Annual statistical returns and brief notes on vaccination in Bengal - 1909-1929
Year: 1909
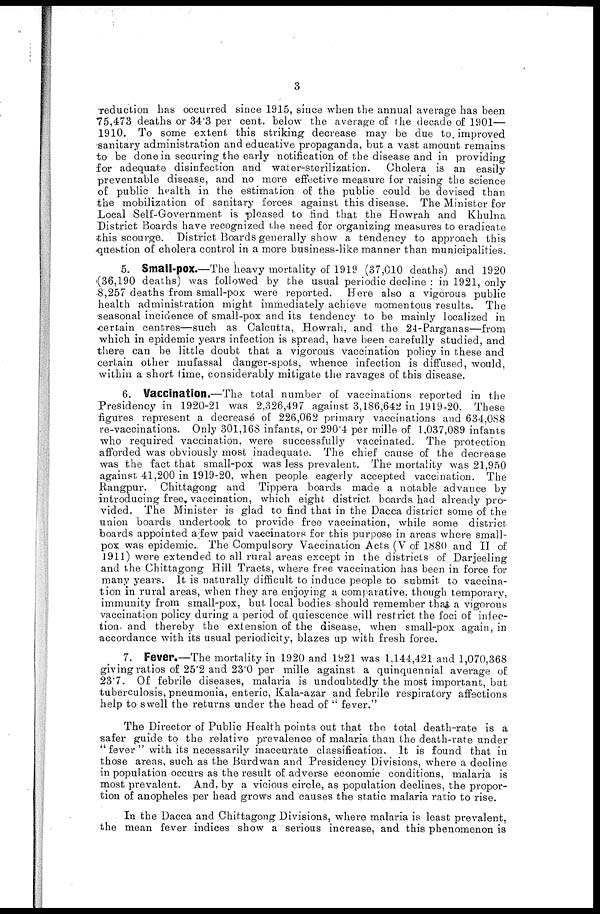
3
reduction has occurred since 1915, since when the annual average has been
75,473 deaths or 34.3 per cent. below the average of the decade of 1901—
1910. To some extent this striking decrease may be due to. improved
sanitary administration and educative propaganda, but a vast amount remains
to be done in securing the early notification of the disease and in providing
for adequate disinfection and water-sterilization.
Cholera is an easily
preventable disease, and no more effective measure for raising the science
of public health in the estimation of the public could be devised than
the mobilization of sanitary forces against this disease. The Minister for
Local Self-Government is pleased to find that the Howrah and Khulna
District Boards have recognized the need for organizing measures to eradicate
this scourge. District Boards generally show a tendency to approach this
question of cholera control in a more business-like manner than municipalities.
5. Small-pox.—The heavy mortality of 1919 (37,010 deaths) and 1920
(36,190 deaths) was followed by the usual periodic decline : in 1921, only
8,257 deaths from small-pox were reported. Here also a vigorous public
health administration might immediately achieve momentous results. The
seasonal incidence of small-pox and its tendency to be mainly localized in
certain centres—such as Calcutta, Howrah, and the 24-Parganas—from
which in epidemic years infection is spread, have been carefully studied, and
there can be little doubt that a vigorous vaccination policy in these and
certain other mufassal danger-spots, whence infection is diffused, would,
within a short lime, considerably mitigate the ravages of this disease.
6. Vaccination.—The total number of vaccinations reported in the
Presidency in 1920-21 was 2,326,497 against 3,186,642 in 1919-20. These
figures represent a decrease of 226,062 primary vaccinations and 634,088
re-vaccinations. Only 301,168 infants, or 290.4 per mille of 1,037,089 infants
who required vaccination, were successfully vaccinated. The protection
afforded was obviously most inadequate. The chief cause of the decrease
was the fact that small-pox was less prevalent. The mortality was 21,950
against 41,200 in 1919-20, when people eagerly accepted vaccination. The
Rangpur. Chittagong and Tippera boards made a notable advance by
introducing free, vaccination, which eight district boards had already pro-
vided. The Minister is glad to find that in the Dacca district some of the
union boards undertook to provide free vaccination, while some district
boards appointed a few paid vaccinators for this purpose in areas where small-
pox was epidemic. The Compulsory Vaccination Acts (V of 1880 and II of
1911) were extended to all rural areas except in the districts of Darjeeling
and the Chittagong Hill Tracts, where free vaccination has been in force for
many years. It is naturally difficult to induce people to submit to vaccina-
tion in rural areas, when they are enjoying a comparative, though temporary,
immunity from small-pox, but local bodies should remember that a vigorous
vaccination policy during a period of quiescence will restrict the foci of infec-
tion, and thereby the extension of the disease, when small-pox again, in
accordance with its usual periodicity, blazes up with fresh force.
7. Fever.—The mortality in 1920 and 1921 was 1,144,421 and 1,070,368
giving ratios of 25.2 and 23.0 per mille against a quinquennial average of
23.7. Of febrile diseases, malaria is undoubtedly the most important, but
tuberculosis, pneumonia, enteric, Kala-azar and febrile respiratory affections
help to swell the returns under the head of " fever."
The Director of Public Health points out that the total death-rate is a
safer guide to the relative prevalence of malaria than the death-rate under
"fever" with its necessarily inaccurate classification. It is found that in
those areas, such as the Burdwan and Presidency Divisions, where a decline
in population occurs as the result of adverse economic conditions, malaria is
most prevalent. And, by a vicious circle, as population declines, the propor-
tion of anopheles per head grows and causes the static malaria ratio to rise.
In the Dacca and Chittagong Divisions, where malaria is least prevalent,
the mean fever indices show a serious increase, and this phenomenon is